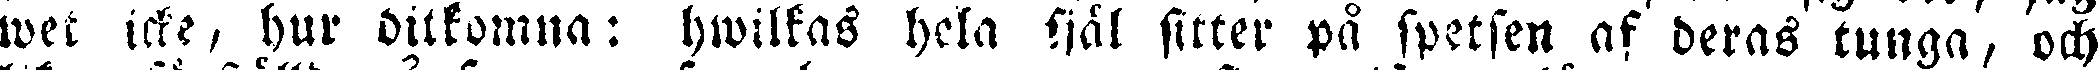
wet icke, hur ditkomna: hwilkas hela själ sitter på spetsen af deras tunga, och